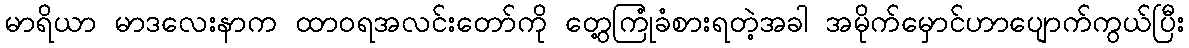
မာရိယာ မာဒလေးနာက ထာဝရအလင်းတော်ကို တွေ့ကြုံခံစားရတဲ့အခါ အမိုက်မှောင်ဟာပျောက်ကွယ်ပြီး